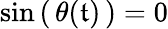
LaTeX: \sin\left(\, \theta(\mathfrak{t})\, \right)=0